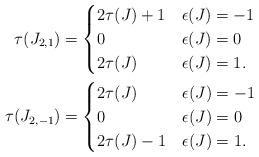
LaTeX: \begin{align*}\tau(J_{2,1}) &=\begin{cases}2 \tau(J) +1 & \epsilon(J) = -1 \\0 & \epsilon(J)=0 \\2 \tau(J) & \epsilon(J) = 1.\end{cases} \\\tau(J_{2,-1}) &=\begin{cases}2 \tau(J) & \epsilon(J) = -1 \\0 & \epsilon(J)=0 \\2 \tau(J) -1 & \epsilon(J) = 1.\end{cases}\end{align*}